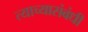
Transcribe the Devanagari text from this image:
त्याच्यासंबंधी